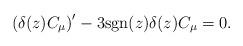
LaTeX: \begin{align*}\left ( \delta(z) C_\mu \right )' - 3 {\rm sgn}(z) \delta(z) C_\mu =0.\end{align*}